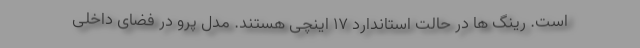
است. رینگ ها در حالت استاندارد 17 اینچی هستند. مدل پرو در فضای داخلی